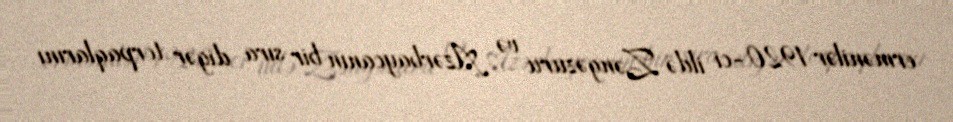
ermənilər 1920-ci ildə Zəngəzuru və Azərbaycanın bir sıra digər torpaqlarını